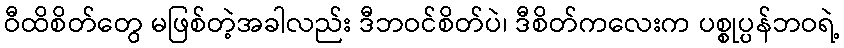
ဝီထိစိတ်တွေ မဖြစ်တဲ့အခါလည်း ဒီဘဝင်စိတ်ပဲ၊ ဒီစိတ်ကလေးက ပစ္စုပ္ပန်ဘဝရဲ့